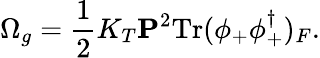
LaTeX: \Omega_{g}=\frac 12K_{T}{\mathbf P}^{2}\mathrm{Tr}(\phi_{+}\phi_{+}^{\dagger})_{F}.